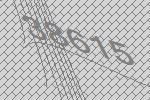
38615